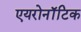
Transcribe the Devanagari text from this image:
एयरोनॉटिक